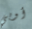
أوبي